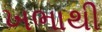
ખભાથી